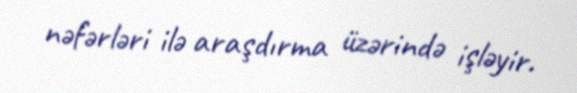
nəfərləri ilə araşdırma üzərində işləyir.